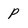
Character: P